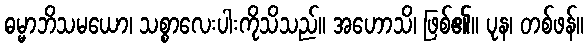
ဓမ္မာဘိသမယော၊ သစ္စာလေးပါးကိုသိသည်။ အဟောသိ၊ ဖြစ်၏။ ပုန၊ တစ်ဖန်။